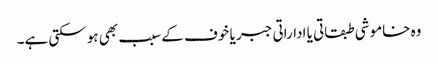
وہ خاموشی طبقاتی یا اداراتی جبر یا خوف کے سبب بھی ہو سکتی ہے۔